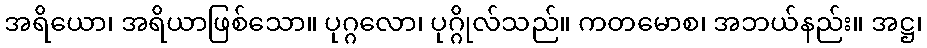
အရိယော၊ အရိယာဖြစ်သော။ ပုဂ္ဂလော၊ ပုဂ္ဂိုလ်သည်။ ကတမောစ၊ အဘယ်နည်း။ အဋ္ဌ၊